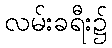
လမ်းခရီး၌